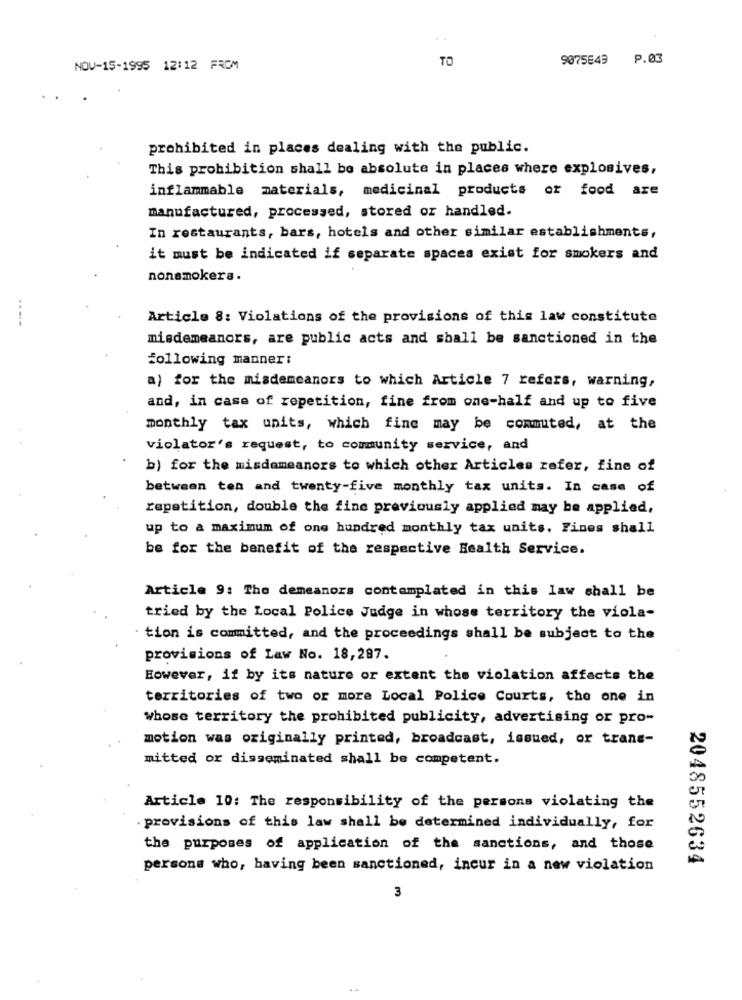
TO
9075849 P.03
NOV-15-1995 12:12 FROM
prohibited in places dealing with the public.
This prohibition shall be absolute in places where explosives,
inflammable materials, medicinal products or food are
manufactured, processed, stored or handled.
In restaurants, bars, hotels and other similar establishments,
it must be indicated if separate spaces exist for smokers and
nonsmokers.
----
Article 8: Violations of the provisions of this law constitute
misdemeanors, are public acts and shall be sanctioned in the
following manner:
a) for the misdemeanors to which Article 7 refers, warning,
and, in case of repetition, fine from one-half and up to five
monthly tax units, which fine may be commuted, at the
violator's request, to community service, and
b) for the misdemeanors to which other Articles refer, fine of
between ton and twenty-five monthly tax units. In case of
repetition, double the fine previously applied may be applied,
up to a maximum of one hundred monthly tax units, Fines shall
be for the benefit of the respective Health Service.
Article 9: The demeanors contemplated in this law shall be
tried by the Local Police Judge in whose territory the viola-
tion is committed, and the proceedings shall be subject to the
provisions of Law No. 18,287.
However, if by its nature or extent the violation affects the
territories of two or more Local Police Courts, the one in
whose territory the prohibited publicity, advertising or pro-
motion was originally printed, broadcast, issued, or trans-
mitted or disseminated shall be competent.
Article 10: The responsibility of the persons violating the
. provisions of this law shall be determined individually, for
the purposes of application of the sanctions, and those
2048552634
persons who, having been sanctioned, incur in a new violation
3